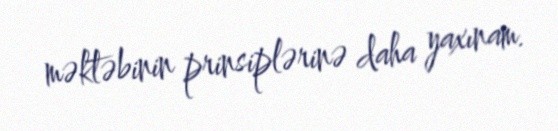
məktəbinin prinsiplərinə daha yaxınam.